Vaccination report Assam 1896-1927 - 1896-1927
Year: 1896
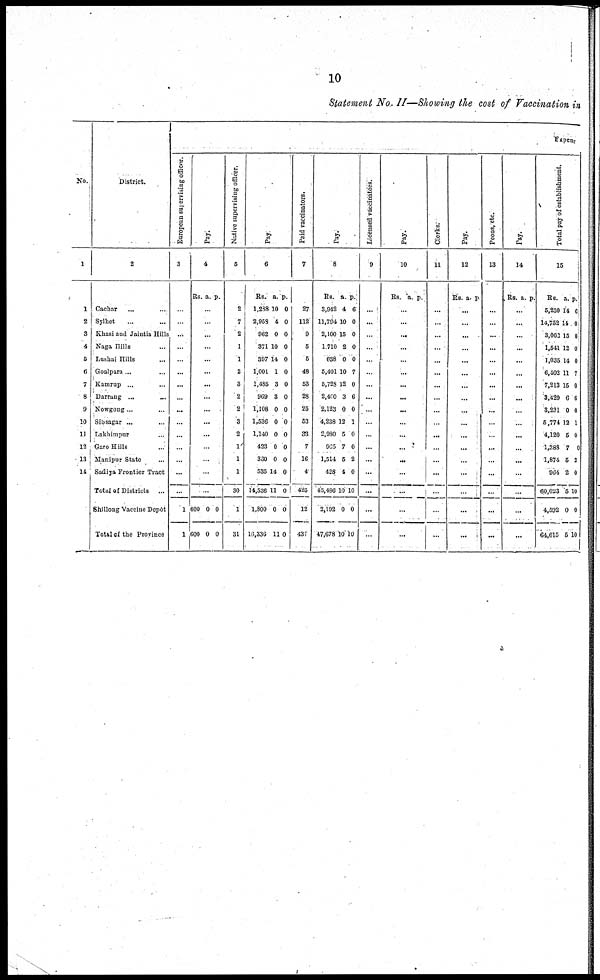
10
Statement No.. II—Showing the cost of Vaccination in
No.
1
1
2
3
4
5
6
7
8
9
10
11
12
13
14
District.
2
Cachar ... ...
Sylhet ... ...
Khasi and Jaintia Hills
Naga Hills ... ...
Lushai Hills ... ...
Goalpara ... ...
Kamrup ... ... ...
Darrung ... ...
Kowgong... ...
Sibsagar ... ...
Lakhimpur ... ...
Garo Hills ... ...
Manipur State ...
Sadiya Frontier Tract
Total of Districts ...
Shillong Vaccine Depôt
Total of the Province
Expen
European supervising officer.
3
...
...
...
...
...
...
...
...
...
...
...
...
...
...
...
1
1
Pay.
4
Rs. a. p.
...
...
...
...
...
...
...
...
...
...
...
...
...
...
...
600
600
0
0
0
0
Native supervising officer.
5
2
7
2
1
1
2
3
2
2
3
2
1
1
1
30
1
31
Pay
6
Rs.
1,238
2,958
962
371
397
1,001
1,485
969
1,108
1,536
1,140
423
360
535
14,536
1,800
16,336
a.
10
4
0
10
14
1
3
3
0
0
0
0
0
14
11
0
11
p.
0
0
0
0
0
0
0
0
0
0
0
0
0
0
0
0
0
Paid vaccinators.
7
27
112
9
5
5
48
53
28
25
53
33
7
16
4
425
12
437
Pay.
8
Rs.
3,942
11,794
2,100
1,710
638
5,401
5,728
2,400
2,123
4,238
2,980
965
1,514
428
45,486
2,192
47,678
a.
4
10
15
2
0
10
12
3
0
12
5
7
5
4
10
0
10
p.
6
0
0
0
0
7
0
6
0
1
0
0
2
0
10
0
10
Licensed vaccinators.
9
...
...
...
...
...
...
...
...
...
...
...
...
...
...
...
...
...
Pay.
10
Rs. a. p.
...
...
...
...
...
...
...
...
...
...
...
...
...
...
...
...
...
Clerks.
11
...
...
...
...
...
...
...
...
...
...
...
...
...
...
...
...
...
Pay.
12
Rs. a. p
...
...
...
...
...
...
...
...
...
...
...
...
...
...
...
...
...
Peons, etc.
13
...
...
...
...
...
...
...
...
...
...
...
...
...
...
...
...
...
Pay.
14
Rs. a. p.
...
...
...
...
...
...
...
...
...
...
...
...
...
...
...
...
...
Total pay of establishment.
15
Rs.
5,230
14,752
3,062
1,541
1,035
6,102
7,213
3,429
3,231
5,774
4,120
1,388
1,874
964
60,023
4,592
64,615
a.
14
14
15
12
14
11
15
6
0
12
5
7
5
2
5
0
5
p.
6
0
0
0
0
7
0
6
0
1
0
0
2
0
10
0
10